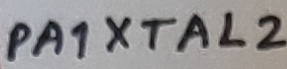
Text: PA1 XTAL2